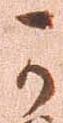
可